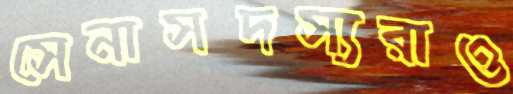
সেনাসদস্যরাও